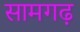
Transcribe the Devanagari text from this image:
सामगढ़